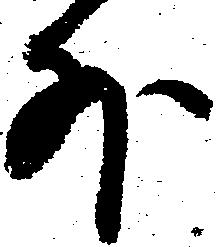
外